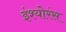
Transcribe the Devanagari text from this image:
इंश्योरंस